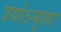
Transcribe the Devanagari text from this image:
त्रयोऽप्युक्ताः